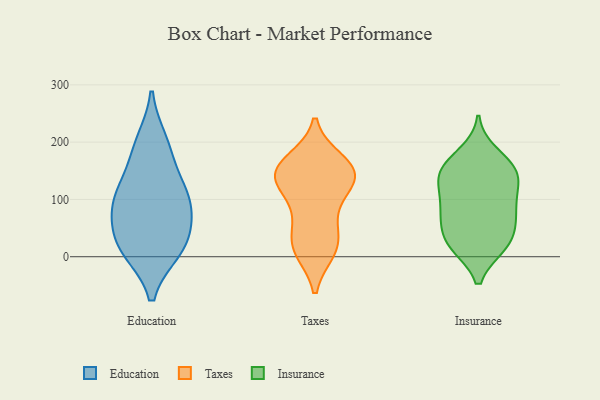
{"axis": {"x": "Budget (USD K)", "y": "Value"}, "legend": ["Education", "Insurance", "Taxes"], "data": [{"x": "", "y": 107, "type": "Education"}, {"x": "", "y": 47, "type": "Education"}, {"x": "", "y": 116, "type": "Education"}, {"x": "", "y": 86, "type": "Education"}, {"x": "", "y": 24, "type": "Education"}, {"x": "", "y": 200, "type": "Education"}, {"x": "", "y": 96, "type": "Education"}, {"x": "", "y": 179, "type": "Education"}, {"x": "", "y": 12, "type": "Education"}, {"x": "", "y": 13, "type": "Education"}, {"x": "", "y": 161, "type": "Taxes"}, {"x": "", "y": 147, "type": "Taxes"}, {"x": "", "y": 17, "type": "Taxes"}, {"x": "", "y": 130, "type": "Taxes"}, {"x": "", "y": 14, "type": "Taxes"}, {"x": "", "y": 90, "type": "Taxes"}, {"x": "", "y": 167, "type": "Taxes"}, {"x": "", "y": 152, "type": "Taxes"}, {"x": "", "y": 67, "type": "Taxes"}, {"x": "", "y": 144, "type": "Taxes"}, {"x": "", "y": 34, "type": "Taxes"}, {"x": "", "y": 11, "type": "Taxes"}, {"x": "", "y": 136, "type": "Taxes"}, {"x": "", "y": 131, "type": "Taxes"}, {"x": "", "y": 114, "type": "Insurance"}, {"x": "", "y": 90, "type": "Insurance"}, {"x": "", "y": 63, "type": "Insurance"}, {"x": "", "y": 158, "type": "Insurance"}, {"x": "", "y": 19, "type": "Insurance"}, {"x": "", "y": 157, "type": "Insurance"}, {"x": "", "y": 19, "type": "Insurance"}, {"x": "", "y": 142, "type": "Insurance"}, {"x": "", "y": 25, "type": "Insurance"}, {"x": "", "y": 114, "type": "Insurance"}, {"x": "", "y": 144, "type": "Insurance"}, {"x": "", "y": 85, "type": "Insurance"}, {"x": "", "y": 19, "type": "Insurance"}, {"x": "", "y": 58, "type": "Insurance"}, {"x": "", "y": 146, "type": "Insurance"}, {"x": "", "y": 180, "type": "Insurance"}, {"x": "", "y": 66, "type": "Insurance"}]}